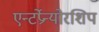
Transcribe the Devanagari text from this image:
एन्टर्प्रेन्योरशिप